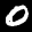
Label: 0